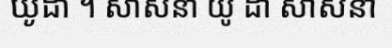
យូដា ។ សាសនា យូ ដា សាសនា